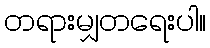
တရားမျှတရေးပါ။